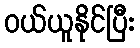
ဝယ်ယူနိုင်ပြီး